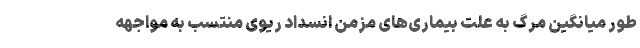
طور میانگین مرگ به علت بیماری‌های مزمن انسداد ریوی منتسب به مواجهه